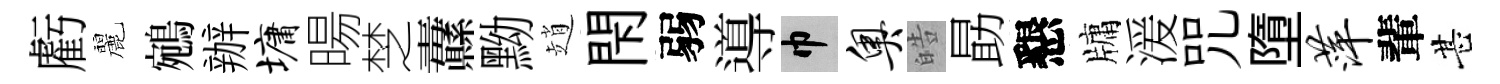
虧麗鵷辦墉暘椘纛黝趙閇弱導巾奥皓勗懇牗湲咒墮萍輩甚